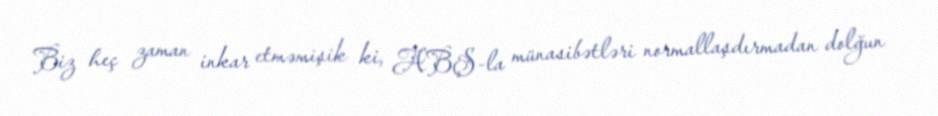
Biz heç zaman inkar etməmişik ki, ABŞ-la münasibətləri normallaşdırmadan dolğun